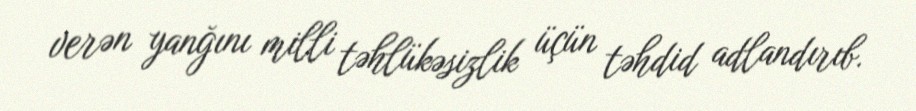
verən yanğını milli təhlükəsizlik üçün təhdid adlandırıb.